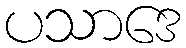
ပသာဒေ